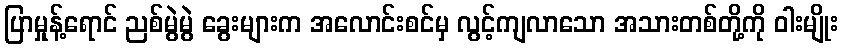
ပြာမှုန့်ရောင် ညစ်မွဲမွဲ ခွေးများက အလောင်းစင်မှ လွင့်ကျလာသော အသားတစ်တို့ကို ဝါးမျိုး